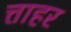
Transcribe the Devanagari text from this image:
त्ताहर